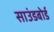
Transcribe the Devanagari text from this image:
साउंडबोर्ड